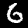
Label: 6